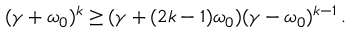
\begin{array} { r } { ( \gamma + \omega _ { 0 } ) ^ { k } \geq ( \gamma + ( 2 k - 1 ) \omega _ { 0 } ) ( \gamma - \omega _ { 0 } ) ^ { k - 1 } \, . } \end{array}